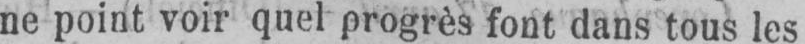
ne point voir quel progrès font dans tous les